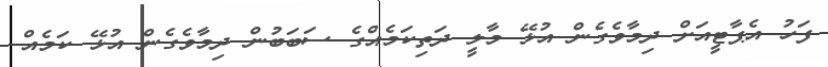
ފަހު އެޕާޓީއަށް ދިމާވެގެން އުޅޭ މާލީ ދަތިކަމެއްގެ ސަބަބުން ދިމާވެގެން އުޅޭ ކަމެއް